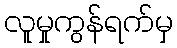
လူမှုကွန်ရက်မှ